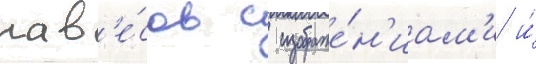
нав'е́сов с изображе́н'иам'и и́